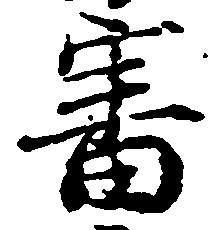
審